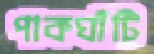
পাকঘাঁটি